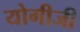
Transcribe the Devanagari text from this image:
योगीजी